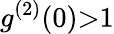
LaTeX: g^{(2)}(0){>}1